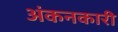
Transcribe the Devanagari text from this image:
अंकनकारी